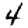
Digit: 4